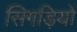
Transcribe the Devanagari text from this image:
सिगड़ियों